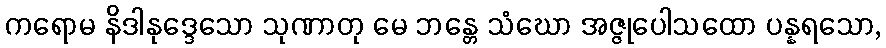
ကရောမ နိဒါနုဒ္ဒေသော သုဏာတု မေ ဘန္တေ သံဃော အဇ္ဇုပေါသထော ပန္နရသော,